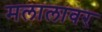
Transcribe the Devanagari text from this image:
मलालावर